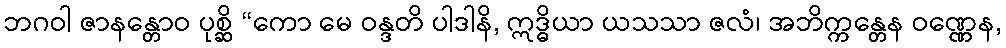
ဘဂဝါ ဇာနန္တောဝ ပုစ္ဆိ “ကော မေ ဝန္ဒတိ ပါဒါနိ, ဣဒ္ဓိယာ ယသသာ ဇလံ၊ အဘိက္ကန္တေန ဝဏ္ဏေန,